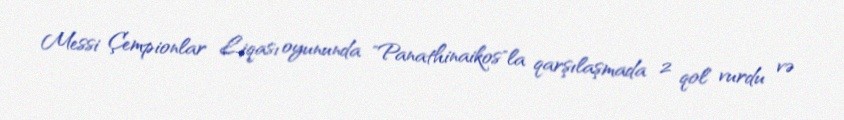
Messi Çempionlar Liqası oyununda "Panathinaikos"la qarşılaşmada 2 qol vurdu və